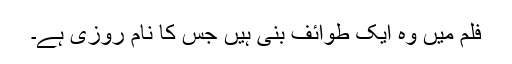
فلم میں وہ ایک طوائف بنی ہیں جس کا نام روزی ہے۔